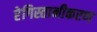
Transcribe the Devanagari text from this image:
रेगिस्तानीकरण